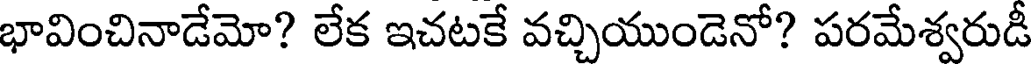
భావించినాడేమో? లేక ఇచటకే వచ్చియుండెనో? పరమేశ్వరుడీ